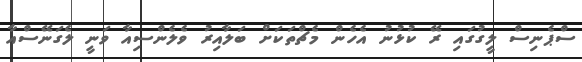
ސްޕެނިސް ލީގުގައި ރޭ ކުޅުނު އެހެން މެޗްތަކަށް ބަލާއިރު ވެލެންސިއާ ވަނީ ލެގަނޭސްއާ